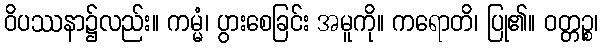
ဝိပဿနာ၌လည်း။ ကမ္မံ၊ ပွားစေခြင်း အမူကို။ ကရောတိ၊ ပြု၏။ ဝတ္တဉ္စ၊